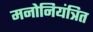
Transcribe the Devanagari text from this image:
मनोनियंत्रित